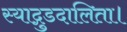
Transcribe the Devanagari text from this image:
स्याद्गुडदालिता।